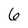
Character: 6